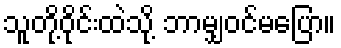
သူတို့ဝိုင်းထဲသို့ ဘာမျှဝင်မပြော။